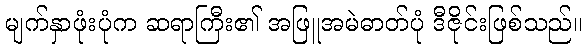
မျက်နှာဖုံးပုံက ဆရာကြီး၏ အဖြူအမဲဓာတ်ပုံ ဒီဇိုင်းဖြစ်သည်။